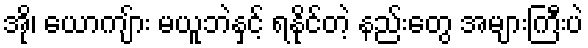
အို၊ ယောကျ်ား မယူဘဲနှင့် ရနိုင်တဲ့ နည်းတွေ အများကြီးပဲ